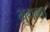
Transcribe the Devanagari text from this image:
भुगत्ना